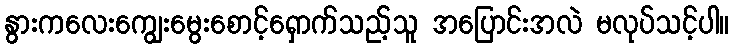
နွားကလေးကျွေးမွေးစောင့်ရှောက်သည့်သူ အပြောင်းအလဲ မလုပ်သင့်ပါ။